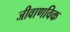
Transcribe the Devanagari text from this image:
जीवाणविक